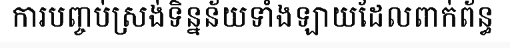
ការបញ្ចប់ស្រង់ទិន្នន័យទាំងឡាយដែលពាក់ព័ន្ធ